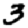
Digit: 3